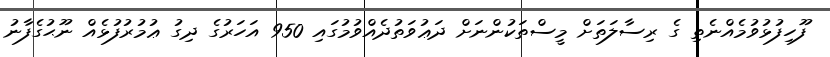
ފޫހިފުޅުވުމެއްނެތި ގެ ރިސާލަތަށް މީސްތަކުންނަށް ދަޢުވަތުދެއްވުމުގައި 950 އަހަރުގެ ދިގު ޢުމުރުފުޅެއް ނޫޙުގެފާނު